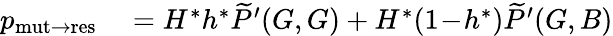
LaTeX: \begin{array}{rl}{p_{\mathrm{mut\to res}}}&{{}=H^{\ast}h^{\ast}\widetilde{P}^{\prime}(G,G)+H^{\ast}(1\! -\! h^{\ast})\widetilde{P}^{\prime}(G,B)}\end{array}